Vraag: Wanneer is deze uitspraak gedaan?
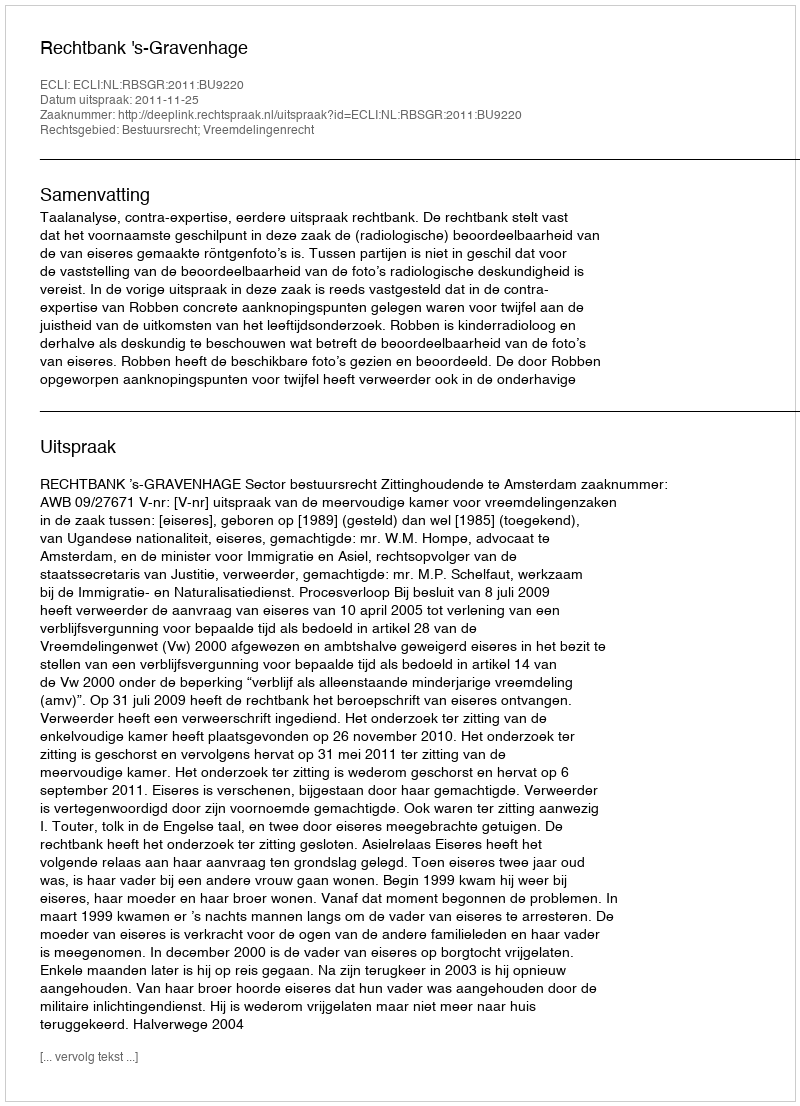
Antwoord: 2011-11-25